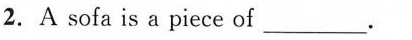
2.A sofa is a piece of ___.